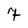
Character: 7